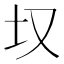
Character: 𪢲